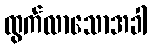
ထွက်လာသောအခါ